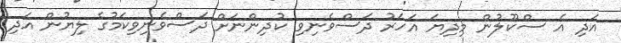
އަދި އެ ސްކޫލުން މިދިޔަ އަހަރު ދަސްވެނިވި ކުދިންނަށް ދަސްވެނިވިކަމުގެ ލިޔުން އަދި